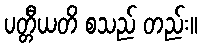
ပတ္တီယတိ စသည် တည်း။